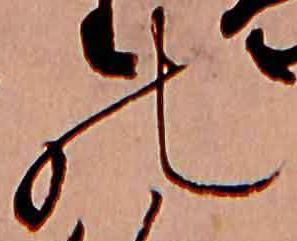
の